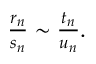
\begin{array} { r } { \frac { r _ { n } } { s _ { n } } \sim \frac { t _ { n } } { u _ { n } } . } \end{array}